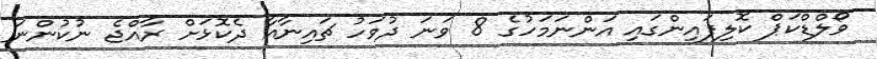
ވޯލްޑްކަޕް ކޮލިފައިންގައި އަންނަމަހުގެ 8 ވަނަ ދުވަހު ޗައިނާއާ ދެކޮޅަށް ރާއްޖެ ނުކުންނަ